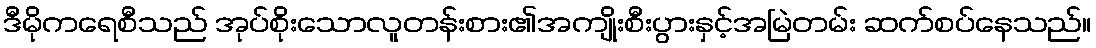
ဒီမိုကရေစီသည် အုပ်စိုးသောလူတန်းစား၏အကျိုးစီးပွားနှင့်အမြဲတမ်း ဆက်စပ်နေသည်။